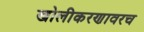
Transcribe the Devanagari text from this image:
खोलीकरणावरच